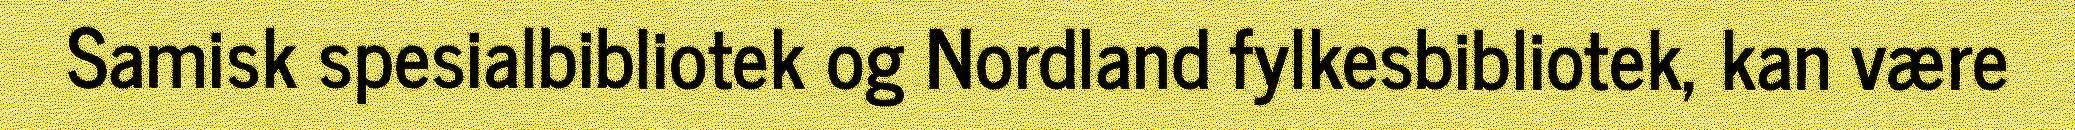
Samisk spesialbibliotek og Nordland fylkesbibliotek, kan være